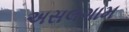
અસલગામ